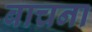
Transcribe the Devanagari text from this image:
बाचना